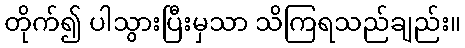
တိုက်၍ ပါသွားပြီးမှသာ သိကြရသည်ချည်း။